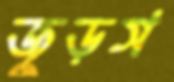
জুড়স